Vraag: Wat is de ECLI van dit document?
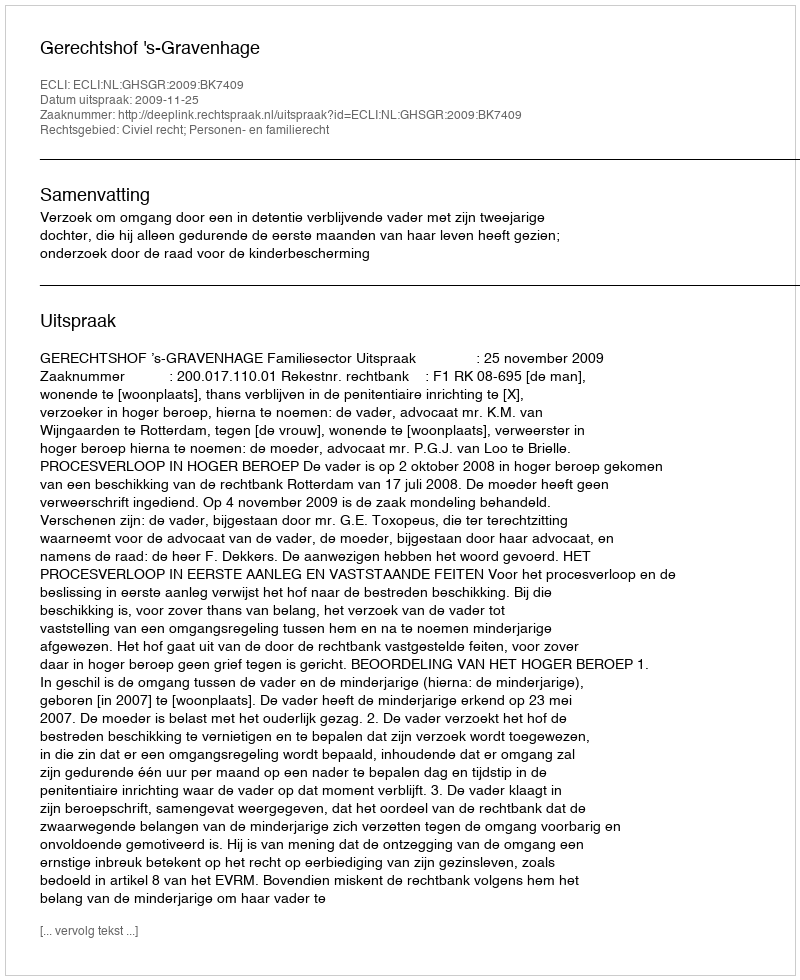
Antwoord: ECLI:NL:GHSGR:2009:BK7409